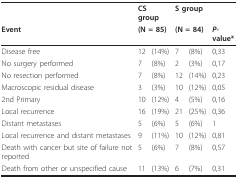
|  | <COLSPAN=2> CS group | <COLSPAN=2> S group |  |
 | Event | <COLSPAN=2> (N = 85) | <COLSPAN=2> (N = 84) | P-value* |
 | --- | --- | --- | --- | --- | --- |
 | Disease free | 12 | (14%) | 7 | (8%) | 0,33 |
 | No surgery performed | 7 | (8%) | 2 | (3%) | 0,17 |
 | No resection performed | 7 | (8%) | 12 | (14%) | 0,23 |
 | Macroscopic residual disease | 3 | (3%) | 10 | (12%) | 0,05 |
 | 2nd Primary | 10 | (12%) | 4 | (5%) | 0,16 |
 | Local recurrence | 16 | (19%) | 21 | (25%) | 0,36 |
 | Distant metastases | 5 | (6%) | 5 | (6%) | 1 |
 | Local recurrence and distant metastases | 9 | (11%) | 10 | (12%) | 0,81 |
 | Death with cancer but site of failure not reported | 5 | (6%) | 7 | (8%) | 0,57 |
 | Death from other or unspecified cause | 11 | (13%) | 6 | (7%) | 0,31 |